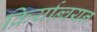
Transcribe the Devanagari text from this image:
क्रिर्यान्वयन